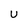
Character: u